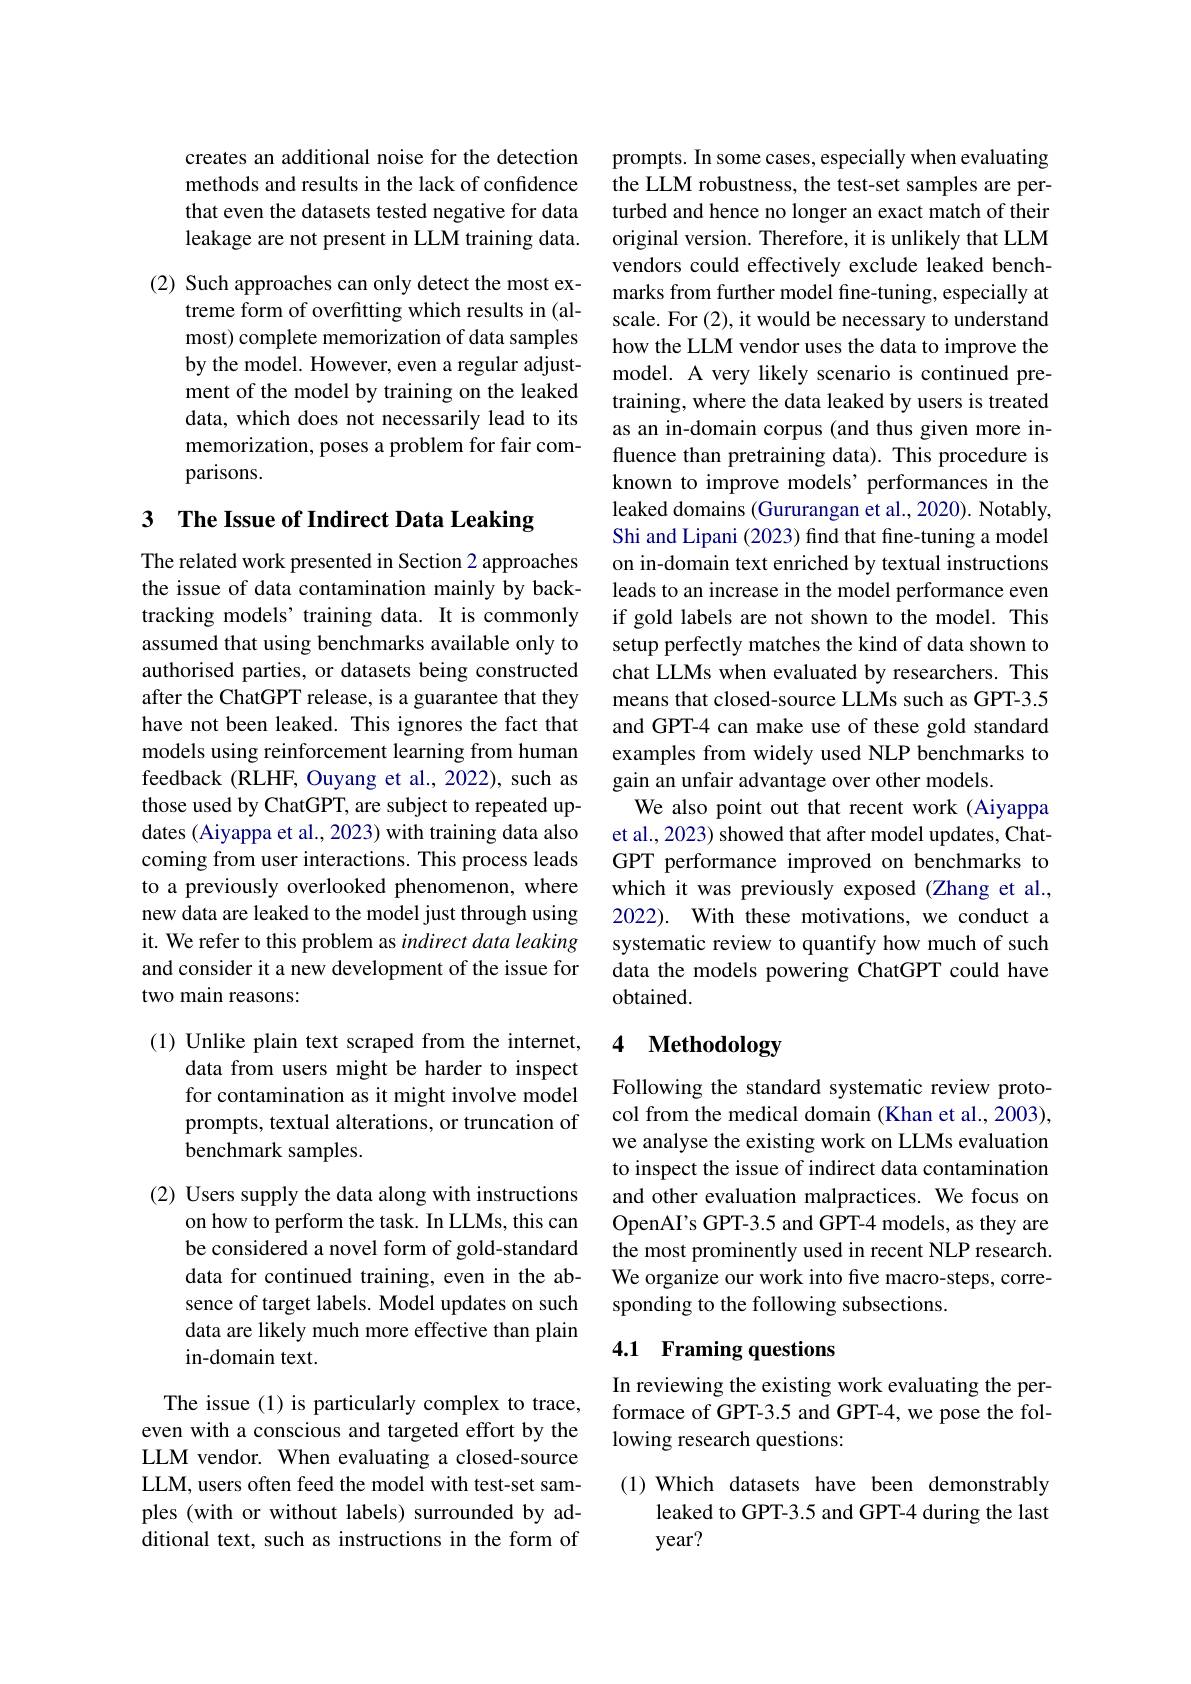
creates an additional noise for the detection methods and results in the lack of confidence that even the datasets tested negative for data leakage are not present in LLM training data.

(2) Such approaches can only detect the most ex-
treme form of overfitting which results in (almost) complete memorization of data samples by the model. However, even a regular adjustment of the model by training on the leaked data, which does not necessarily lead to its memorization, poses a problem for fair comparisons.

## 3 The Issue of Indirect Data Leaking

The related work presented in Section 2 approaches the issue of data contamination mainly by backtracking models’ training data. It is commonly assumed that using benchmarks available only to authorised parties, or datasets being constructed after the ChatGPT release, is a guarantee that they have not been leaked. This ignores the fact that models using reinforcement learning from human feedback (RLHF, Ouyang et al., 2022), such as those used by ChatGPT, are subject to repeated updates (Aiyappa et al., 2023) with training data also coming from user interactions. This process leads to a previously overlooked phenomenon, where new data are leaked to the model just through using it. We refer to this problem as indirect data leaking and consider it a new development of the issue for two main reasons:

(1) Unlike plain text scraped from the internet,
data from users might be harder to inspect for contamination as it might involve model prompts, textual alterations, or truncation of benchmark samples.

(2) Users supply the data along with instructions
on how to perform the task. In LLMs, this can be considered a novel form of gold-standard data for continued training, even in the absence of target labels. Model updates on such data are likely much more effective than plain in-domain text.

The issue (1) is particularly complex to trace, even with a conscious and targeted effort by the LLM vendor. When evaluating a closed-source LLM, users often feed the model with test-set samples (with or without labels) surrounded by additional text, such as instructions in the form of

prompts. In some cases, especially when evaluating the LLM robustness, the test-set samples are perturbed and hence no longer an exact match of their original version. Therefore, it is unlikely that LLM vendors could effectively exclude leaked benchmarks from further model fine-tuning, especially at scale. For (2),it would be necessary to understand how the LLM vendor uses the data to improve the model. A very likely scenario is continued pretraining, where the data leaked by users is treated as an in-domain corpus (and thus given more influence than pretraining data). This procedure is known to improve models' performances in the leaked domains (Gururangan et al., 2020). Notably, Shi and Lipani (2023) find that fine-tuning a model on in-domain text enriched by textual instructions leads to an increase in the model performance even if gold labels are not shown to the model. This setup perfectly matches the kind of data shown to chat LLMs when evaluated by researchers. This means that closed-source LLMs such as GPT-3.5 and GPT-4 can make use of these gold standard examples from widely used NLP benchmarks to gain an unfair advantage over other models.
We also point out that recent work (Aiyappa et al., 2023) showed that after model updates, ChatGPT performance improved on benchmarks to which it was previously exposed (Zhang et al., 2022). With these motivations, we conduct a systematic review to quantify how much of such data the models powering ChatGPT could have obtained.

# 4 Methodology

Following the standard systematic review protocol from the medical domain (Khan et al., 2003), we analyse the existing work on LLMs evaluation to inspect the issue of indirect data contamination and other evaluation malpractices. We focus on OpenAI's GPT-3.5 and GPT-4 models, as they are the most prominently used in recent NLP research. We organize our work into five macro-steps, corresponding to the following subsections.

# 4.1 Framing questions

In reviewing the existing work evaluating the performace of GPT-3.5 and GPT-4, we pose the following research questions:

(1) Which datasets have been demonstrably
leaked to GPT-3.5 and GPT-4 during the last
year?